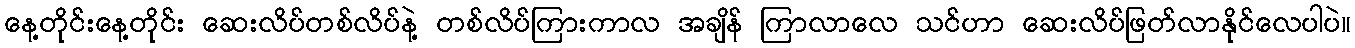
နေ့တိုင်းနေ့တိုင်း ဆေးလိပ်တစ်လိပ်နဲ့ တစ်လိပ်ကြားကာလ အချိန် ကြာလာလေ သင်ဟာ ဆေးလိပ်ဖြတ်လာနိုင်လေပါပဲ။